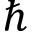
\hbar